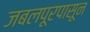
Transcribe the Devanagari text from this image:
जबलपूरपासून